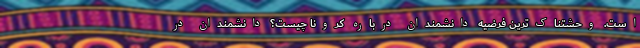
است. وحشتناک‌ترین فرضیه دانشمندان درباره کرونا چیست؟ دانشمندان در